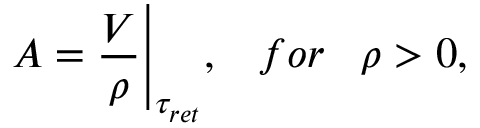
A = \frac { V } { \rho } { \Bigg | } _ { { \tau } _ { r e t } } , \; \; \; f o r \; \; \; \rho > 0 ,